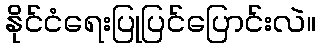
နိုင်ငံရေးပြုပြင်ပြောင်းလဲ။